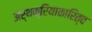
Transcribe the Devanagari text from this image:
अर्थक्रियाकारित्व